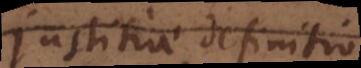
justitiae definitione